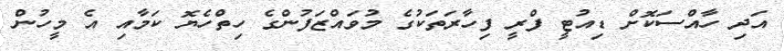
އަދި ހާއްސަކޮށް ޑިއުޓީ ފްރީ ފިހާރަތަކުގެ މުވައްޒަަފުންގެ ހިތްހެޔޮ ކަމާއި އެ މީހުން